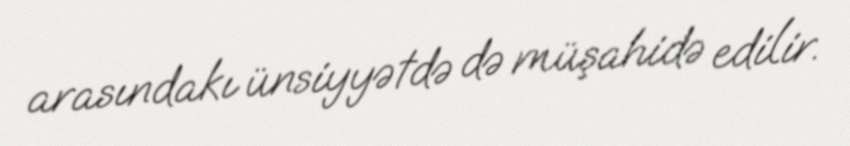
arasındakı ünsiyyətdə də müşahidə edilir.